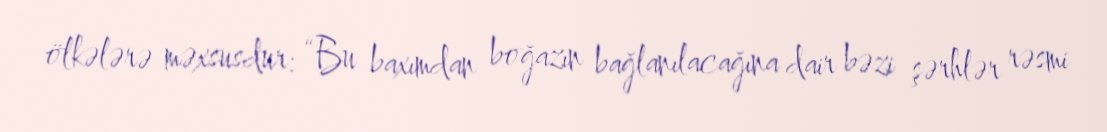
ölkələrə məxsusdur: “Bu baxımdan boğazın bağlanılacağına dair bəzi şərhlər rəsmi